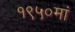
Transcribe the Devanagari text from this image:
१९५०मां